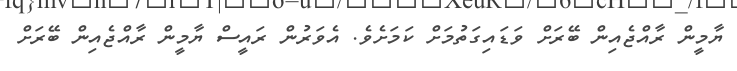
ޔާމީން ރާއްޖެއިން ބޭރަށް ވަޑައިގަތުމަށް ކަމަށެވެ. އެވަރުން ރައީސް ޔާމީން ރާއްޖެއިން ބޭރަށް